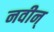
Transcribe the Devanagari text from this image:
नवीन्